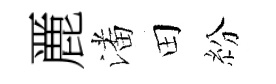
䴡潘田紛